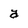
Character: a